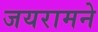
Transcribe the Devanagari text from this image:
जयरामने